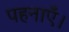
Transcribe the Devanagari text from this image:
पहनाएँ।